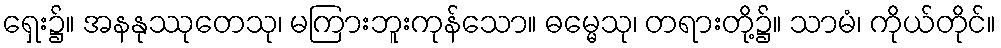
ရှေး၌။ အနနုဿုတေသု၊ မကြားဘူးကုန်သော။ ဓမ္မေသု၊ တရားတို့၌။ သာမံ၊ ကိုယ်တိုင်။